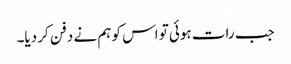
جب رات ہوئی تو اس کو ہم نے دفن کر دیا۔